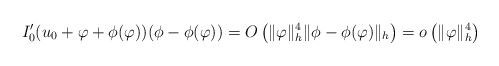
\begin{align*}I_0^\prime(u_0+\varphi+\phi(\varphi))(\phi-\phi(\varphi))=O\left(\Vert \varphi\Vert_h^4\Vert \phi-\phi(\varphi)\Vert_h\right)=o\left(\Vert \varphi\Vert_h^4\right)\end{align*}